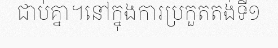
ជាប់គ្នា។នៅក្នុងការប្រកួតតង់ទី១